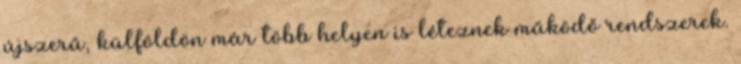
újszerű, külföldön már több helyen is léteznek működő rendszerek.